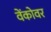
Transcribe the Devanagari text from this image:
वेंकोवर